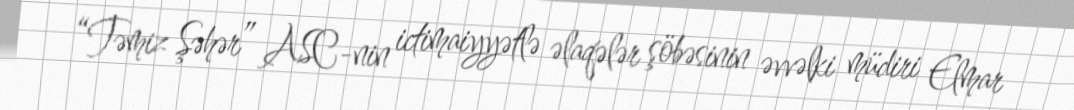
“Təmiz Şəhər” ASC-nin ictimaiyyətlə əlaqələr şöbəsinin əvvəlki müdiri Elmar